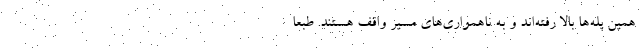
همین پله‌ها بالا رفته‌اند و به ناهمواری‌های مسیر واقف هستند. طبعا